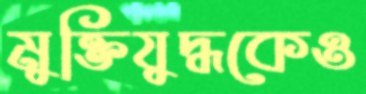
মুক্তিযুদ্ধকেও